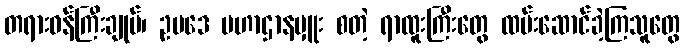
တရားဝန်ကြီးချုပ်၊ ဥပဒေ မဟာဌာနမှူး စတဲ့ ရာထူးကြီးတွေ ထမ်းဆောင်ခဲ့ကြသူတွေ